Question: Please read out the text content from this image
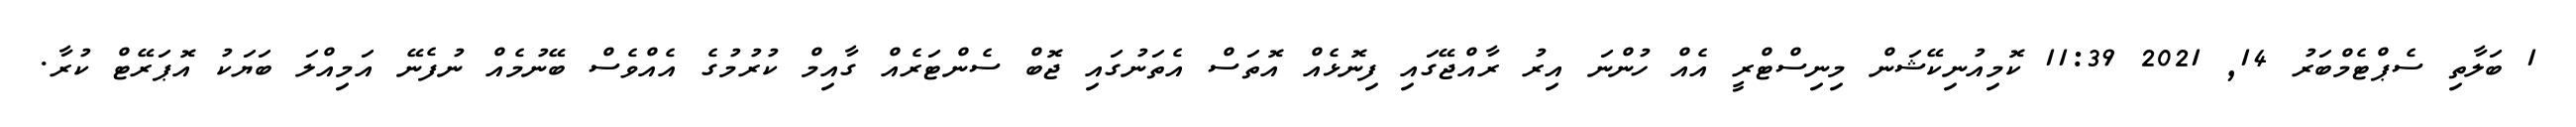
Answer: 1 ބަލާތި ސެޕްޓެމްބަރު 14, 2021 11:39 ކޮމިއުނިކޭޝަން މިނިސްޓްރީ އެއް ހުންނަ އިރު ރާއްޖޭގައި ފިނޮޅެއް އޮތަސް އެތަނުގައި ޖޮބް ސެންޓަރެއް ގާއިމް ކުރުމުގެ އެއްވެސް ބޭނުމެއް ނުފެނޭ އަމިއްލަ ބަޔަކު އޮޕަރޭޓް ކުރާ.